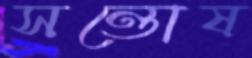
সন্তোষ